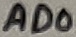
Text: AD0